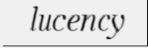
lucency